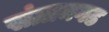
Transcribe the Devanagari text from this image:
संग्रामगढ